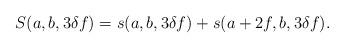
LaTeX: \begin{align*}S(a,b,3\delta f)=s(a,b,3\delta f)+s(a+2f,b,3\delta f).\end{align*}